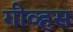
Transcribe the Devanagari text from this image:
गीव्हस